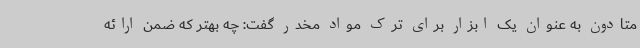
متادون به عنوان یک ابزار برای ترک مواد مخدر گفت: چه بهتر که ضمن ارائه